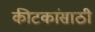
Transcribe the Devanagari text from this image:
कीटकांसाठी